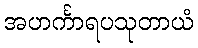
အဟင်္ကာရပသုတာယံ